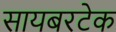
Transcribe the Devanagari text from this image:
सायबरटेक